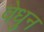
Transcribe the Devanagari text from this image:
वेधुन